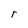
Character: r